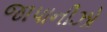
જાપાનીઝો